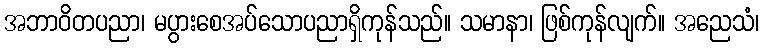
အဘာဝိတပညာ၊ မပွားစေအပ်သောပညာရှိကုန်သည်။ သမာနာ၊ ဖြစ်ကုန်လျက်။ အညေသံ၊